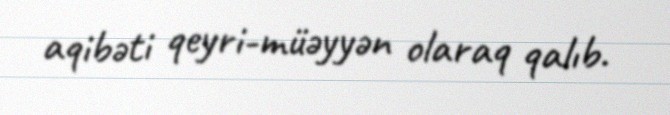
aqibəti qeyri-müəyyən olaraq qalıb.